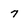
Character: 7